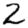
Digit: 2